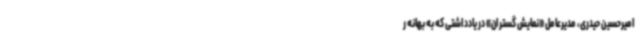
امیرحسین حیدری، مدیرعامل «نمایش گستران» در یادداشتی که به بهانه ر